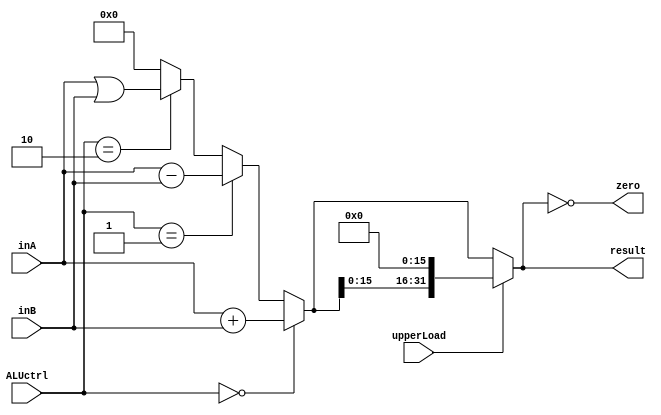
`timescale 1ns / 1ps
//////////////////////////////////////////////////////////////////////////////////
// Company: 
// Engineer: 
// 
// Design Name: 
// Module Name:    ALU 
// Project Name: 
// Target Devices: 
// Tool versions: 
// Description: 
//
// Dependencies: 
//
// Revision: 
// Revision 0.01 - File Created
// Additional Comments: 
//
//////////////////////////////////////////////////////////////////////////////////

`define ALU_ADD 3'b000
`define ALU_SUB 3'b001
`define ALU_OR 3'b010


module ALU(
    input [31:0] inA,
    input [31:0] inB,
    input [2:0] ALUctrl,
    input upperLoad,
    output zero,
    output [31:0] result
    );

    reg [31:0] temp;
    always @(*) begin
        if(ALUctrl == `ALU_ADD)
            temp <= inA + inB;
        else if(ALUctrl == `ALU_SUB)
            temp <= inA - inB;
        else if(ALUctrl == `ALU_OR)
            temp <= inA | inB;
        else
            temp <= 32'h0000_0000;
    end

    assign result = upperLoad ? (temp << 16) : temp;

    assign zero = result == 32'h0000_0000;

endmodule